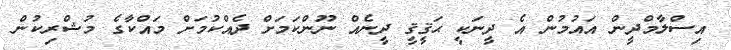
އިސްލާމްދީން އައުމުން އެ ދީނަކީ ޙަޤީޤީ ދީނެއް ނޫންކަމަށް ދެއްކުމަށް މައްކާގެ މުޝްރިކުން